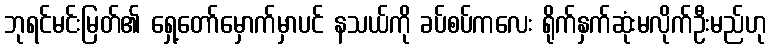
ဘုရင်မင်းမြတ်၏ ရှေ့တော်မှောက်မှာပင် နသယ်ကို ခပ်စပ်ကလေး ရိုက်နှက်ဆုံးမလိုက်ဦးမည်ဟု